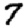
Digit: 7